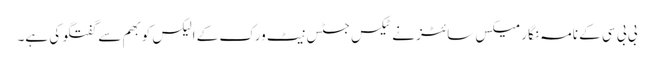
بی بی سی کے نامہ نگار میکس سائٹز نے ٹیکس جسٹس نیٹ ورک کے الیکس کوبھم سے گفتگو کی ہے۔